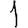
Digit: 1